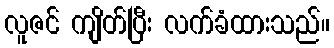
လူဇင် ကျိတ်ပြီး လက်ခံထားသည်။